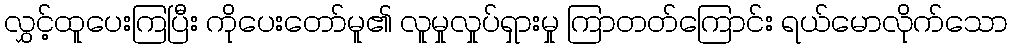
လွှင့်ထူပေးကြပြီး ကိုပေးတော်မူ၏ လူမှုလှုပ်ရှားမှု ကြာတတ်ကြောင်း ရယ်မောလိုက်သော